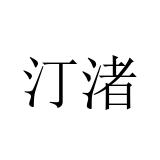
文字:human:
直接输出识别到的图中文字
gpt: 汀渚